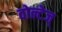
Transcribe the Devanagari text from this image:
वोल्टेज्